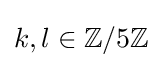
k,l\in \mathbb {Z} /5\mathbb {Z}